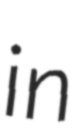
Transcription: in